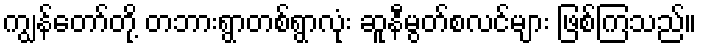
ကျွန်တော်တို့ တဘားရွာတစ်ရွာလုံး ဆူနီမွတ်စလင်များ ဖြစ်ကြသည်။